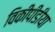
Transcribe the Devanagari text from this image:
विकीपीडीया